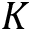
K